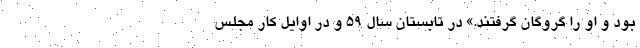
بود و او را گروگان گرفتند.» در تابستان سال 59 و در اوایل کار مجلس